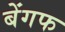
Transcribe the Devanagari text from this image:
बेंगफ